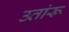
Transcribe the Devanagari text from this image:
उतांरू